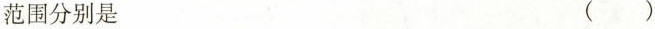
范围分别是 ( )